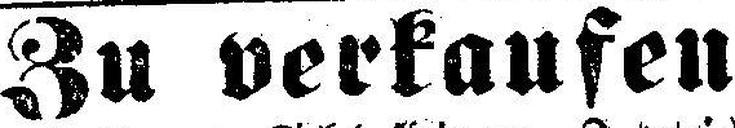
Zu verkaufen